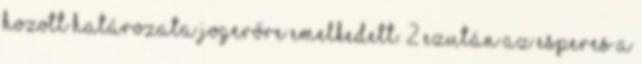
hozott határozata jogerőre emelkedett. 2 Ezután az esperes a